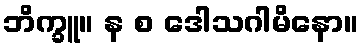
ဘိက္ခူ။ န စ ဒေါသဂါမိနော။